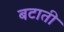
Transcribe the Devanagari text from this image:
बटाती